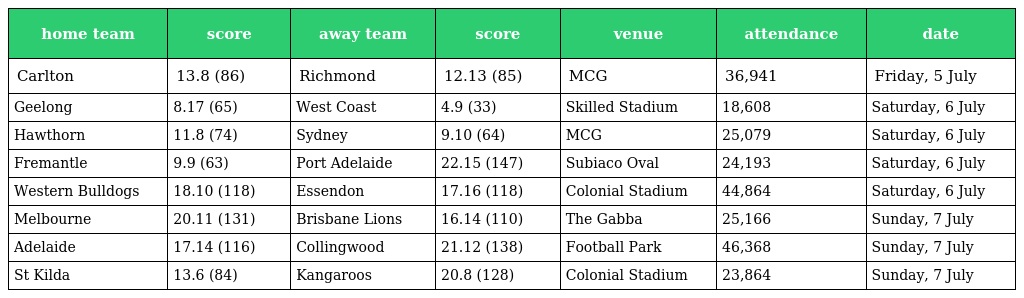
| home team | score | away team | score | venue | attendance | date |
 | --- | --- | --- | --- | --- | --- | --- |
 | Carlton | 13.8 (86) | Richmond | 12.13 (85) | MCG | 36,941 | Friday, 5 July |
 | Geelong | 8.17 (65) | West Coast | 4.9 (33) | Skilled Stadium | 18,608 | Saturday, 6 July |
 | Hawthorn | 11.8 (74) | Sydney | 9.10 (64) | MCG | 25,079 | Saturday, 6 July |
 | Fremantle | 9.9 (63) | Port Adelaide | 22.15 (147) | Subiaco Oval | 24,193 | Saturday, 6 July |
 | Western Bulldogs | 18.10 (118) | Essendon | 17.16 (118) | Colonial Stadium | 44,864 | Saturday, 6 July |
 | Melbourne | 20.11 (131) | Brisbane Lions | 16.14 (110) | The Gabba | 25,166 | Sunday, 7 July |
 | Adelaide | 17.14 (116) | Collingwood | 21.12 (138) | Football Park | 46,368 | Sunday, 7 July |
 | St Kilda | 13.6 (84) | Kangaroos | 20.8 (128) | Colonial Stadium | 23,864 | Sunday, 7 July |